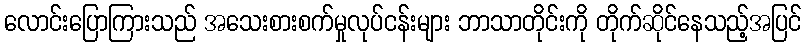
လောင်းပြောကြားသည် အသေးစားစက်မှုလုပ်ငန်းများ ဘာသာတိုင်းကို တိုက်ဆိုင်နေသည့်အပြင်